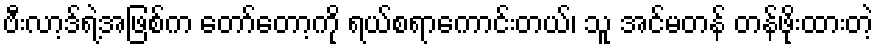
ဗီးလာ့ဒ်ရဲ့အဖြစ်က တော်တော့ကို ရယ်စရာကောင်းတယ်၊ သူ အင်မတန် တန်ဖိုးထားတဲ့